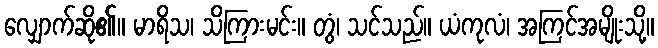
လျှောက်ဆို၏။ မာရိသ၊ သိကြားမင်း။ တွံ၊ သင်သည်။ ယံကုလံ၊ အကြင်အမျိုးသို့။